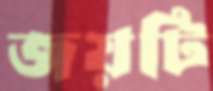
জয়টি